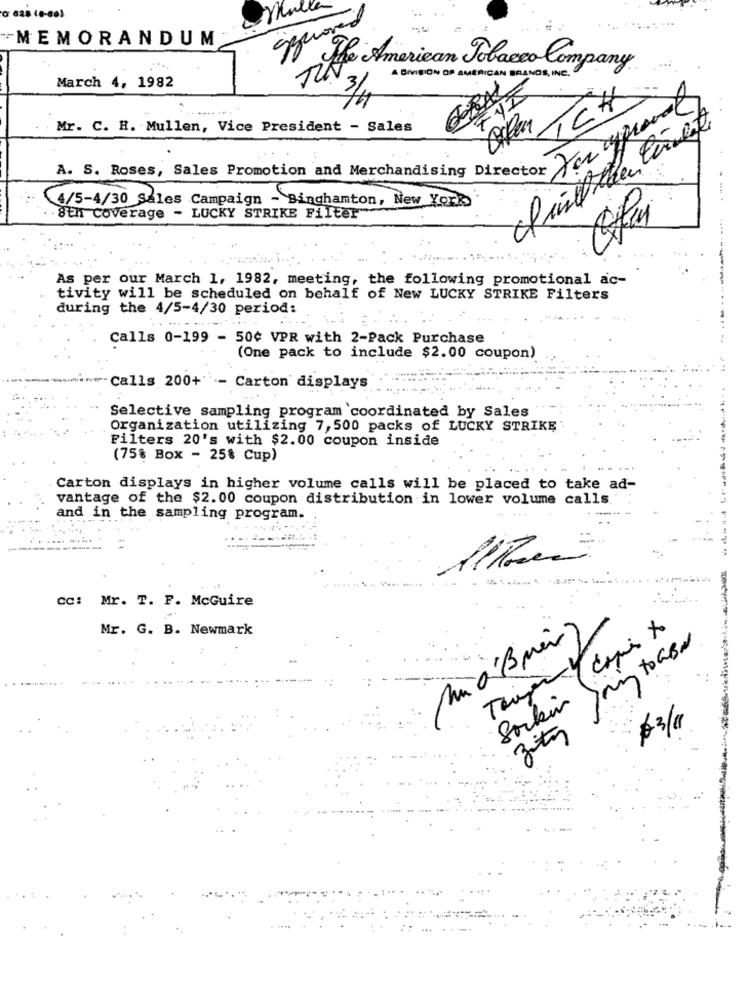
MEMORANDUM
The American Tobacco Company.
DIVISION OP AMERICAN BRANDS, INC.
March 4, 1982
Divan CH
Mr. C. H. Mullen, Vice President - Sales
e. Roses, Sales Promotion and Merchandising para que
4/5-4/30 Sales Campaign - Binghamton, New York
--
8th coverage - LUCKY STRIKE Filter
As per our March 1, 1982, meeting, the following promotional ac-
tivity will be scheduled on behalf of New LUCKY STRIKE Filters
during the 4/5-4/30 period:
Calls 0-199 - 50¢ VPR with 2-Pack Purchase
(One pack to include $2.00 coupon)
Calls 200+ -- Carton displays
Selective sampling program coordinated by Sales
Organization utilizing 7, 500 packs of LUCKY STRIKE
Filters 20's with $2.00 coupon inside
(75% Box - 25% Cup)
Carton displays in higher volume calls will be placed to take ad-
vantage of the $2.00 coupon distribution in lower volume calls.
and in the sampling program.
...
CC: Mr. T. F. McGuire
-
Mr. G. B. Newmark
copi to
pning toasd
Sorkin
zity